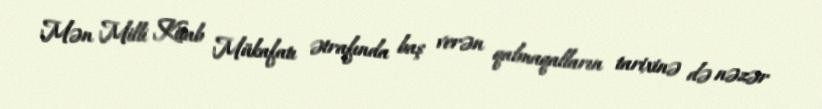
Mən Milli Kitab Mükafatı ətrafında baş verən qalmaqalların tarixinə də nəzər